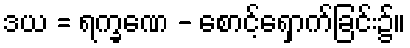
ဒယ = ရက္ခဏေ - စောင့်ရှောက်ခြင်း၌။